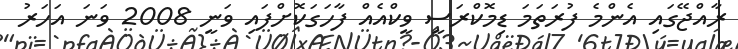
ރާއްޖޭގައި އެންމެ ފުރަތަމަ ޑިމޮކްރަސީ ވީކްއެއް ފާހަގަކޮށްފައި ވަނީ 2008 ވަނަ އަހަރު